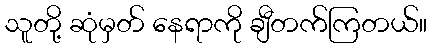
သူတို့ ဆုံမှတ် နေရာကို ချီတက်ကြတယ်။